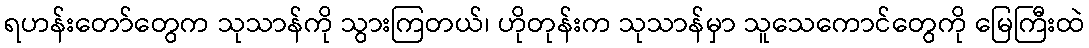
ရဟန်းတော်တွေက သုသာန်ကို သွားကြတယ်၊ ဟိုတုန်းက သုသာန်မှာ သူသေကောင်တွေကို မြေကြီးထဲ